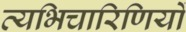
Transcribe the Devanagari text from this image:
व्यभिचारिणियों